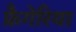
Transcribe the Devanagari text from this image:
फ्रैगेरिया